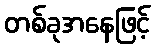
တစ်ခုအနေဖြင့်